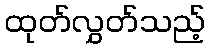
ထုတ်လွှတ်သည့်